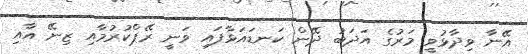
އޭނާ ވިދާޅުވީ މަރުގެ އަދަބު ދޭން ކަނޑައަޅާފައި ވަނީ ރޭޕްކުރުމާއި ޒިނޭ އާއި